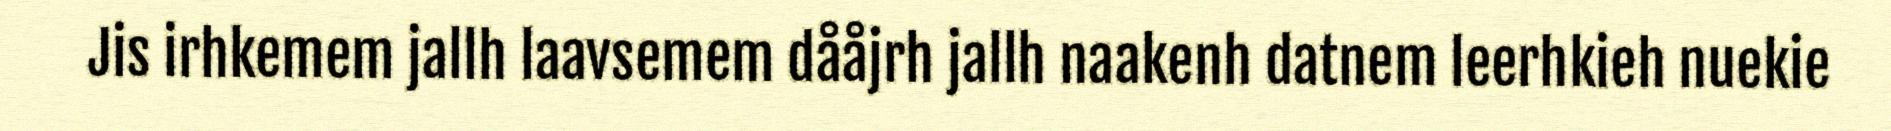
Jis irhkemem jallh laavsemem dååjrh jallh naakenh datnem leerhkieh nuekie